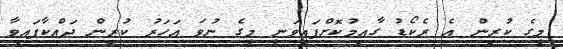
މީގެ ކުރިން އެ ރެކޯޑު ގާއިމުކޮށްފައިވަނީ މީގެ ނުވަ އަހަރު ކުރިން ދައްކާފައިވާ